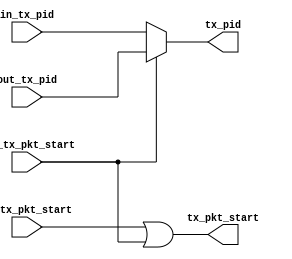
module usb_fs_tx_mux (
  // interface to IN Protocol Engine
  input in_tx_pkt_start,
  input [3:0] in_tx_pid,

  // interface to OUT Protocol Engine
  input out_tx_pkt_start,
  input [3:0] out_tx_pid,

  // interface to tx module
  output tx_pkt_start,
  output [3:0] tx_pid
);
  assign tx_pkt_start = in_tx_pkt_start | out_tx_pkt_start;
  assign tx_pid = out_tx_pkt_start ? out_tx_pid : in_tx_pid;
endmodule